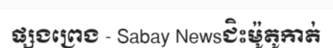
ផ្សងព្រេង - Sabay Newsជិះម៉ូតូកាត់